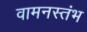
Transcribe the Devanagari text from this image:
वामनस्तंभ